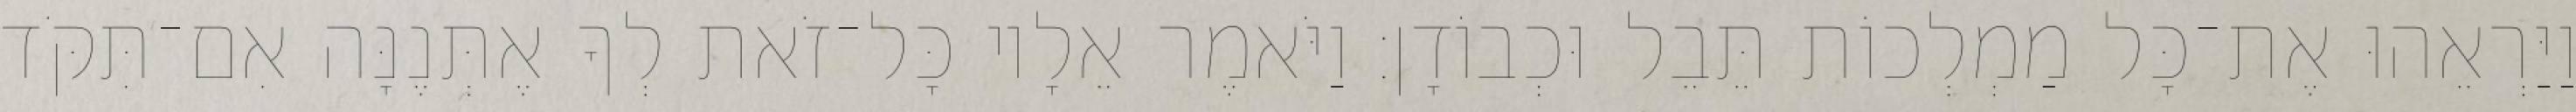
וַיַּרְאֵהוּ אֶת־כָּל מַמְלְכוֹת תֵּבֵל וּכְבוֹדָן׃ וַיֹּאמֶר אֵלָיו כָּל־זֹאת לְךָ אֶתְּנֶנָּה אִם־תִּקֹּד